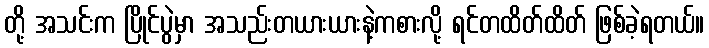
တို့ အသင်းက ပြိုင်ပွဲမှာ အသည်းတယားယားနဲ့ကစားလို့ ရင်တထိတ်ထိတ် ဖြစ်ခဲ့ရတယ်။